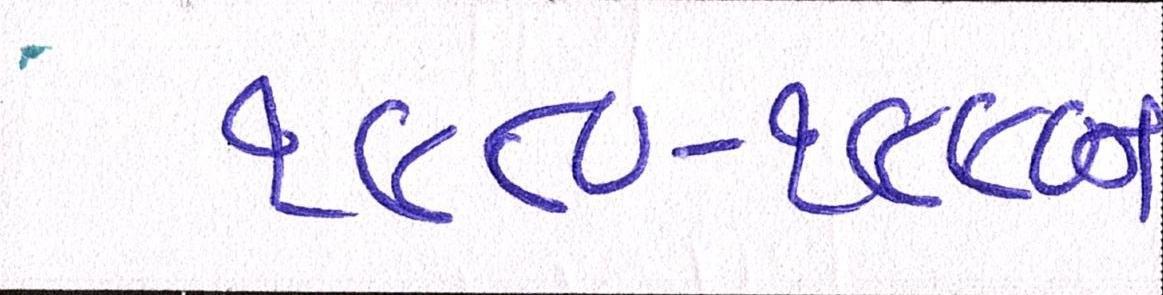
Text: ૧૯૮૦-૧૯૯૦ના